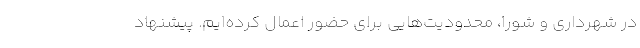
در شهرداری و شورا، محدودیت‌هایی برای حضور اعمال کرده‌ایم. پیشنهاد